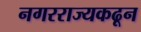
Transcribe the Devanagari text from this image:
नगरराज्यकढून